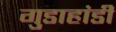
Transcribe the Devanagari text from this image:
गुडाहांडी